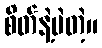
စိတ်နဲ့ပဲတဲ့။